Scientific memoirs by medical officers of the Army of India - Part IV,
Year: 1889
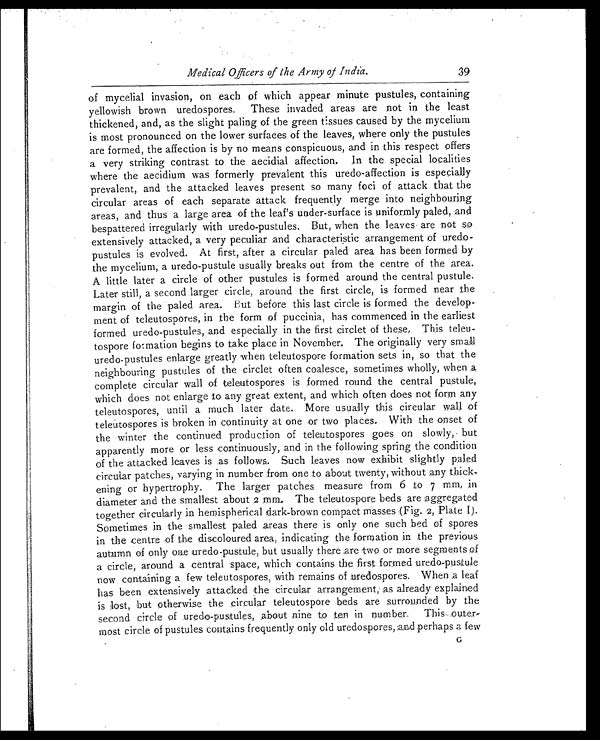
Medical Officers of the Army of India.
of mycelial invasion, on each of which appear minute pustules, containing
yellowish brown uredospores. These invaded areas are not in the least
thickened, and, as the slight paling of the green tissues caused by the mycelium
is most pronounced on the lower surfaces of the leaves, where only the pustules
are formed, the affection is by no means conspicuous, and in this respect offers
a very striking contrast to the aecidial affection, In the special localities
where the aecidium was formerly prevalent this uredo-affection is especially
prevalent, and the attacked leaves present so many foci of attack that the
circular areas of each separate attack frequently merge into neighbouring
areas, and thus a large area of the leaf's under-surface is uniformly paled, and
bespattered irregularly with uredo-pustules. But, when the leaves are not so
extensively attacked, a very peculiar and characteristic arrangement of uredo-
pustules is evolved. At first, after a circular paled area has been formed by
the mycelium, a uredo-pustule usually breaks out from the centre of the area.
A little later a circle of other pustules is formed around the central pustule.
Later still, a second larger circle, around the first circle, is formed near the
margin of the paled area. But before this last circle is formed the develop-
ment of teleutospores, in the form of puccinia, has commenced in the earliest
formed uredo-pustules, and especially in the first circlet of these. This teleu-
tospore formation begins to take place in November. The originally very small
uredo-pustules enlarge greatly when teleutospore formation sets in, so that the
neighbouring pustules of the circlet often coalesce, sometimes wholly, when a
complete circular wall of teleutospores is formed round the central pustule,
which does not enlarge to any great extent, and which often does not form any
teleutospores, until a much later date. More usually this circular wall of
teleutospores is broken in continuity at one or two places. With the onset of
the winter the continued production of teleutospores goes on slowly, but
apparently more or less continuously, and in the following spring the condition
of the attacked leaves is as follows. Such leaves now exhibit slightly paled
circular patches, varying in number from one to about twenty, without any thick-
ening or hypertrophy. The larger patches measure from 6 to 7 mm. in
diameter and the smallest about 2 mm. The teleutospore beds are aggregated
together circularly in hemispherical dark-brown compact masses (Fig. 2, Plate I).
Sometimes in the smallest paled areas there is only one such bed of spores
in the centre of the discoloured area, indicating the formation in the previous
autumn of only one uredo-pustule, but usually there are two or more segments of
a circle, around a central space, which contains the first formed uredo-pustule
now containing a few teleutospores, with remains of uredospores. When a leaf
has been extensively attacked the circular arrangement, as already explained
is lost, but otherwise the circular teleutospore beds are surrounded by the
second circle of uredo-pustules, about nine to ten in number. This outer-
most circle of pustules contains frequently only old uredospores, and perhaps a few
G
39